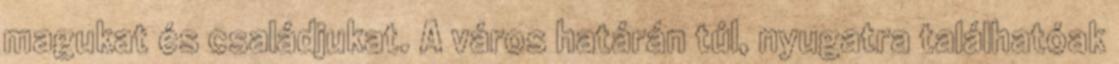
magukat és családjukat. A város határán túl, nyugatra találhatóak